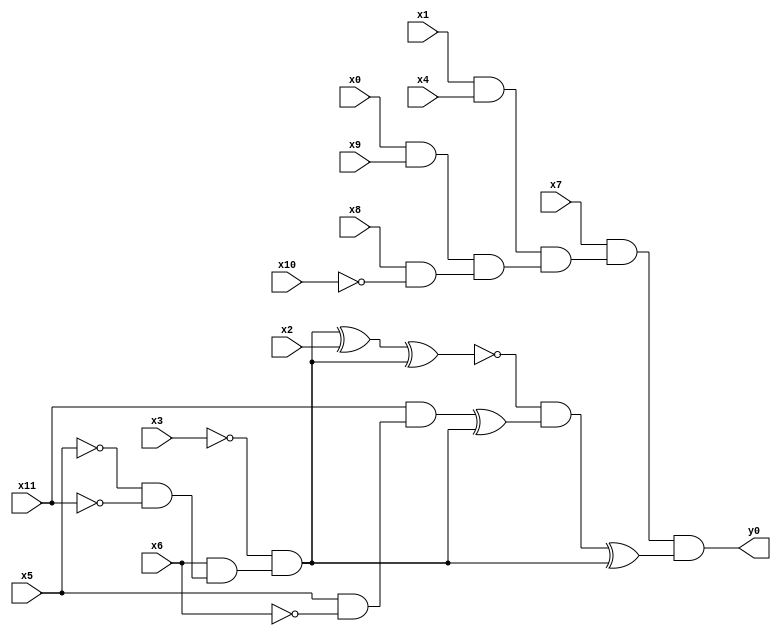
module top( x0 , x1 , x2 , x3 , x4 , x5 , x6 , x7 , x8 , x9 , x10 , x11 , y0 );
  input x0 , x1 , x2 , x3 , x4 , x5 , x6 , x7 , x8 , x9 , x10 , x11 ;
  output y0 ;
  wire n13 , n14 , n15 , n16 , n17 , n18 , n19 , n20 , n21 , n22 , n23 , n24 , n25 , n26 , n27 , n28 , n29 ;
  assign n13 = x1 & x4 ;
  assign n14 = x0 & x9 ;
  assign n15 = x8 & ~x10 ;
  assign n16 = n14 & n15 ;
  assign n17 = n13 & n16 ;
  assign n18 = x7 & n17 ;
  assign n19 = ~x5 & ~x11 ;
  assign n20 = x6 & n19 ;
  assign n21 = ~x3 & n20 ;
  assign n22 = n21 ^ x2 ;
  assign n23 = n22 ^ n21 ;
  assign n24 = x5 & ~x6 ;
  assign n25 = x11 & n24 ;
  assign n26 = n25 ^ n21 ;
  assign n27 = ~n23 & n26 ;
  assign n28 = n27 ^ n21 ;
  assign n29 = n18 & n28 ;
  assign y0 = n29 ;
endmodule